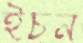
ইচন